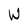
Character: W